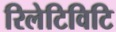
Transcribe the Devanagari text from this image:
रिलेटिविटि